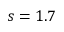
s = 1 . 7